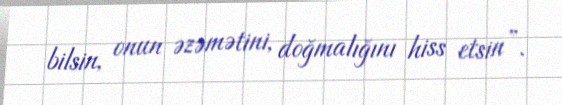
bilsin, onun əzəmətini, doğmalığını hiss etsin”.